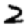
Digit: 2